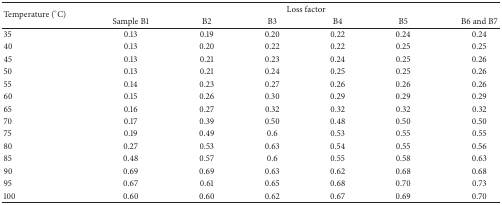
| <ROWSPAN=2> Temperature (°C) | <COLSPAN=6> Loss factor |
 | Sample B1 | B2 | B3 | B4 | B5 | B6 and B7 |
 | --- | --- | --- | --- | --- | --- | --- |
 | 35 | 0.13 | 0.19 | 0.20 | 0.22 | 0.24 | 0.24 |
 | 40 | 0.13 | 0.20 | 0.22 | 0.22 | 0.25 | 0.25 |
 | 45 | 0.13 | 0.21 | 0.23 | 0.24 | 0.25 | 0.26 |
 | 50 | 0.13 | 0.21 | 0.24 | 0.25 | 0.25 | 0.26 |
 | 55 | 0.14 | 0.23 | 0.27 | 0.26 | 0.26 | 0.26 |
 | 60 | 0.15 | 0.26 | 0.30 | 0.29 | 0.29 | 0.29 |
 | 65 | 0.16 | 0.27 | 0.32 | 0.32 | 0.32 | 0.32 |
 | 70 | 0.17 | 0.39 | 0.50 | 0.48 | 0.50 | 0.50 |
 | 75 | 0.19 | 0.49 | 0.6 | 0.53 | 0.55 | 0.55 |
 | 80 | 0.27 | 0.53 | 0.63 | 0.54 | 0.55 | 0.56 |
 | 85 | 0.48 | 0.57 | 0.6 | 0.55 | 0.58 | 0.63 |
 | 90 | 0.69 | 0.69 | 0.63 | 0.62 | 0.68 | 0.68 |
 | 95 | 0.67 | 0.61 | 0.65 | 0.68 | 0.70 | 0.73 |
 | 100 | 0.60 | 0.60 | 0.62 | 0.67 | 0.69 | 0.70 |